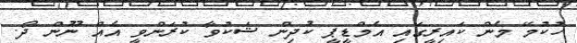
ހުކުމޭ މެން ކައިރީގައި އެމްޑީޕީ ކުދިން ޝަކުވާ ކުރަންވީ އެއް ނޫން ދޯ.